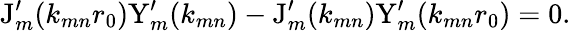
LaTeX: \mathrm{J}_{m}^{\prime}(k_{mn}r_{0})\mathrm{Y}_{m}^{\prime}(k_{mn})-\mathrm{J}_{m}^{\prime}(k_{mn})\mathrm{Y}_{m}^{\prime}(k_{mn}r_{0})=0.